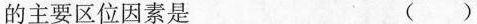
的主要区位因素是 （ ）